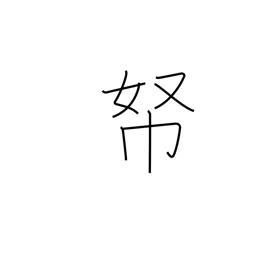
Meaning: money repository